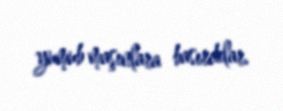
yumub maşınlara basırdılar.